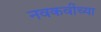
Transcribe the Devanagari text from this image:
नवकवींच्या